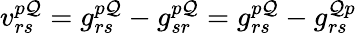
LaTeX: v_{rs}^{p\mathcal{Q}}=g_{rs}^{p\mathcal{Q}}-g_{sr}^{p\mathcal{Q}}=g_{rs}^{p\mathcal{Q}}-g_{rs}^{\mathcal{Q}p}